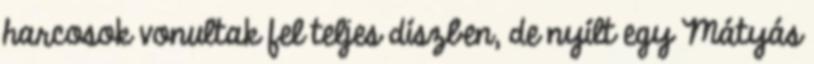
harcosok vonultak fel teljes díszben, de nyílt egy Mátyás